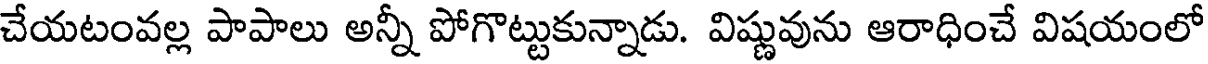
చేయటంవల్ల పాపాలు అన్నీ పోగొట్టుకున్నాడు. విష్ణువును ఆరాధించే విషయంలో